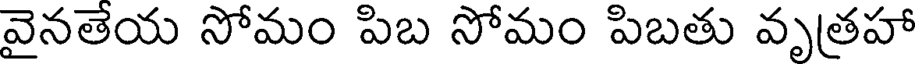
వైనతెయ సోమం పిబ సోమం పిబతు వృత్రహా